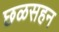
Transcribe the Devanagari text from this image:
छळसहन